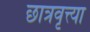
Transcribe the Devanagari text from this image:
छात्रवृत्त्या